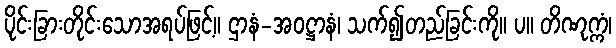
ပိုင်းခြားတိုင်းသောအရပ်ဖြင့်။ ဌာနံ-အဝဋ္ဌာနံ၊ သက်၍တည်ခြင်းကို။ ပ။ တိဏုက္ကံ၊